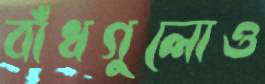
বাঁধগুলোও